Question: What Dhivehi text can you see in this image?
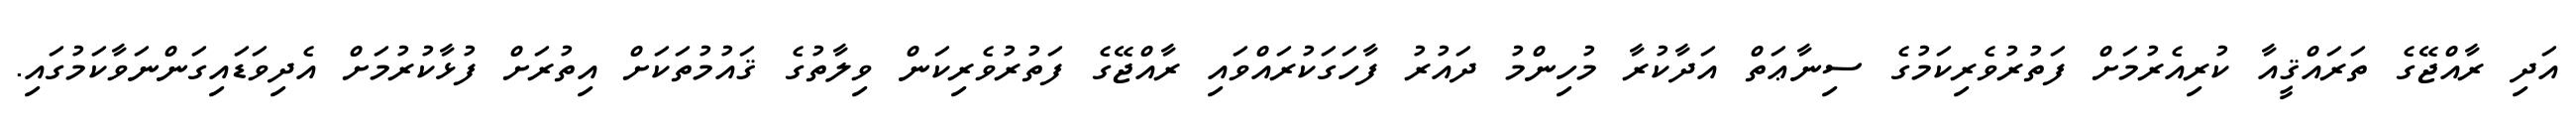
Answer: އަދި ރާއްޖޭގެ ތަރައްޤީއާ ކުރިއެރުމަށް ފަތުރުވެރިކަމުގެ ސިނާޢަތް އަދާކުރާ މުހިންމު ދައުރު ފާހަގަކުރައްވައި ރާއްޖޭގެ ފަތުރުވެރިކަން ވިލާތުގެ ޤައުމުތަކަށް އިތުރަށް ފުޅާކުރުމަށް އެދިވަޑައިގަންނަވާކަމުގައި.